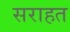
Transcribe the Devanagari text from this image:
सराहत